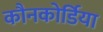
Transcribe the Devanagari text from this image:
कौनकोर्डिया